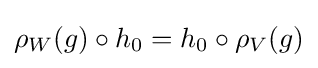
\rho _{W}(g)\circ h_{0}=h_{0}\circ \rho _{V}(g)